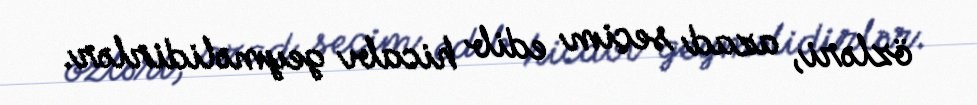
özləri, azad seçim edib hicabı geyməlidirlər.